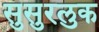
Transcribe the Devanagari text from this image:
सुसुरलुक